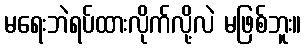
မရေးဘဲရပ်ထားလိုက်လို့လဲ မဖြစ်ဘူး။